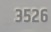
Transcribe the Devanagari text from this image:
३५२६